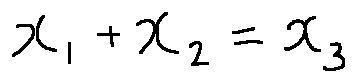
x _ { 1 } + x _ { 2 } = x _ { 3 }